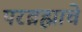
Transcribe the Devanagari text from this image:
परब्रह्माचे